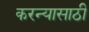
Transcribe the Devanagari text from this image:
करन्यासाठी